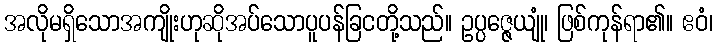
အလိုမရှိသောအကျိုးဟုဆိုအပ်သောပူပန်ခြငတို့သည်။ ဥပ္ပဇ္ဇေယျုံ၊ ဖြစ်ကုန်ရာ၏။ ဧဝံ၊